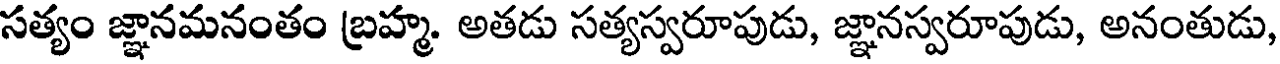
సత్యం జ్ఞానమనంతం బ్రహ్మ. అతడు సత్యస్వరూపుడు, జ్ఞానస్వరూపుడు, అనంతుడు,